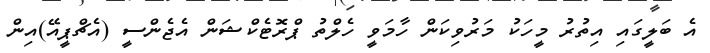
އެ ބަލީގައި އިތުރު މީހަކު މަރުވިކަން ހާމަވީ ހެލްތު ޕްރޮޓެކްޝަން އެޖެންސީ (އެޗްޕީއޭ)އިން